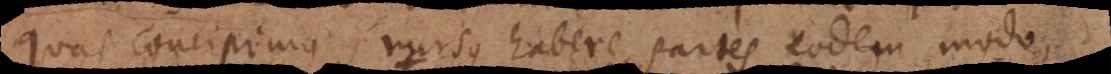
quas concipimus, rursus habere partes eodem modo,